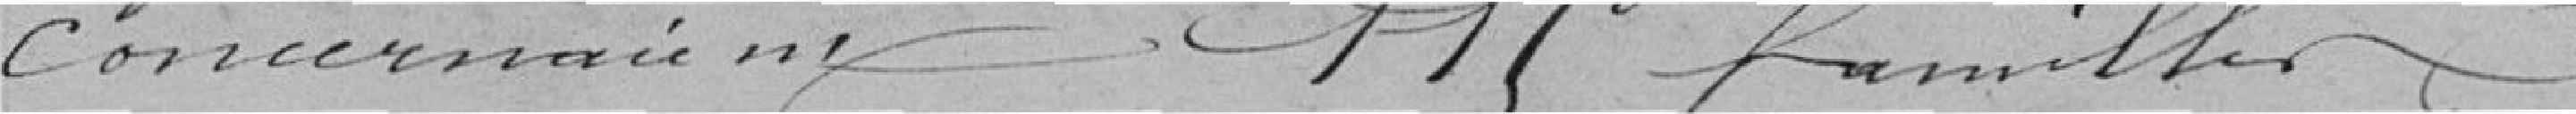
concernaient 119 familles.